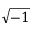
\sqrt { - 1 }